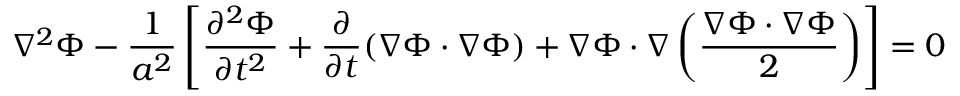
\nabla ^ { 2 } \Phi - { \frac { 1 } { a ^ { 2 } } } \left[ { \frac { \partial ^ { 2 } \Phi } { \partial t ^ { 2 } } } + { \frac { \partial } { \partial t } } ( \nabla \Phi \cdot \nabla \Phi ) + \nabla \Phi \cdot \nabla \left( { \frac { \nabla \Phi \cdot \nabla \Phi } { 2 } } \right) \right] = 0